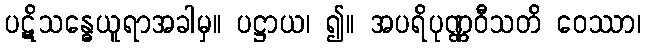
ပဋိသန္ဓေယူရာအခါမှ။ ပဋ္ဌာယ၊ ၍။ အပရိပုဏ္ဏဝီသတိ ဝေဿာ၊